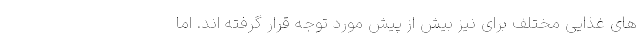
های غذایی مختلف برای نیز بیش از پیش مورد توجه قرار گرفته اند. اما